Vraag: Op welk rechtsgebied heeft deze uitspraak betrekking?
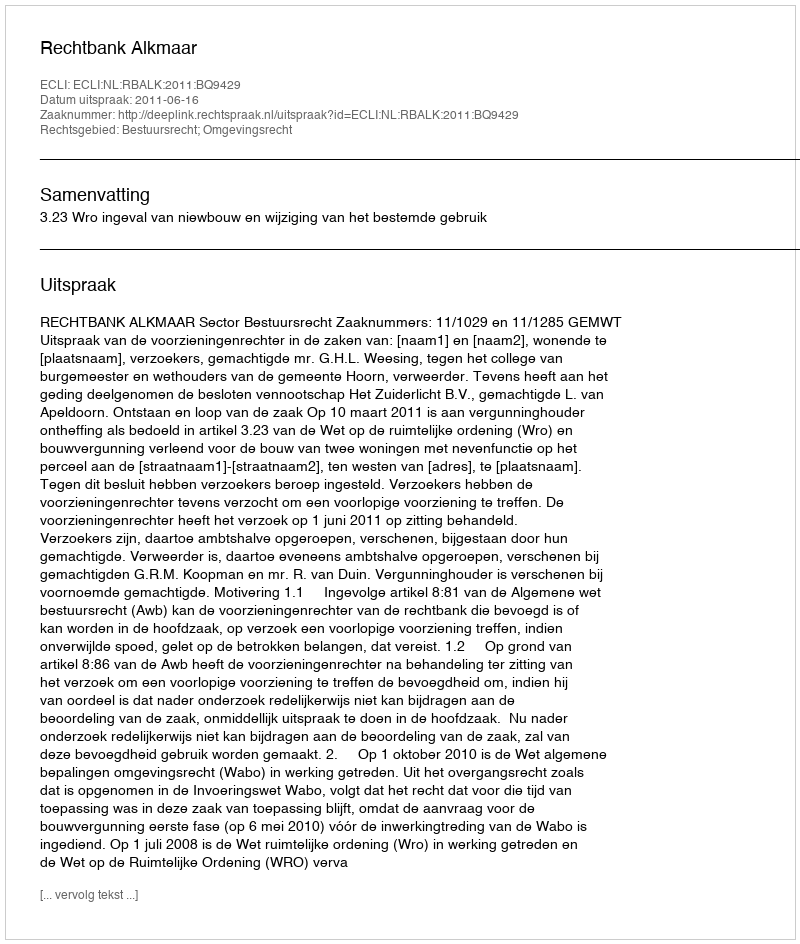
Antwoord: Bestuursrecht; Omgevingsrecht